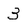
Character: 3